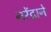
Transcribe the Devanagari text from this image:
नरेंद्राने